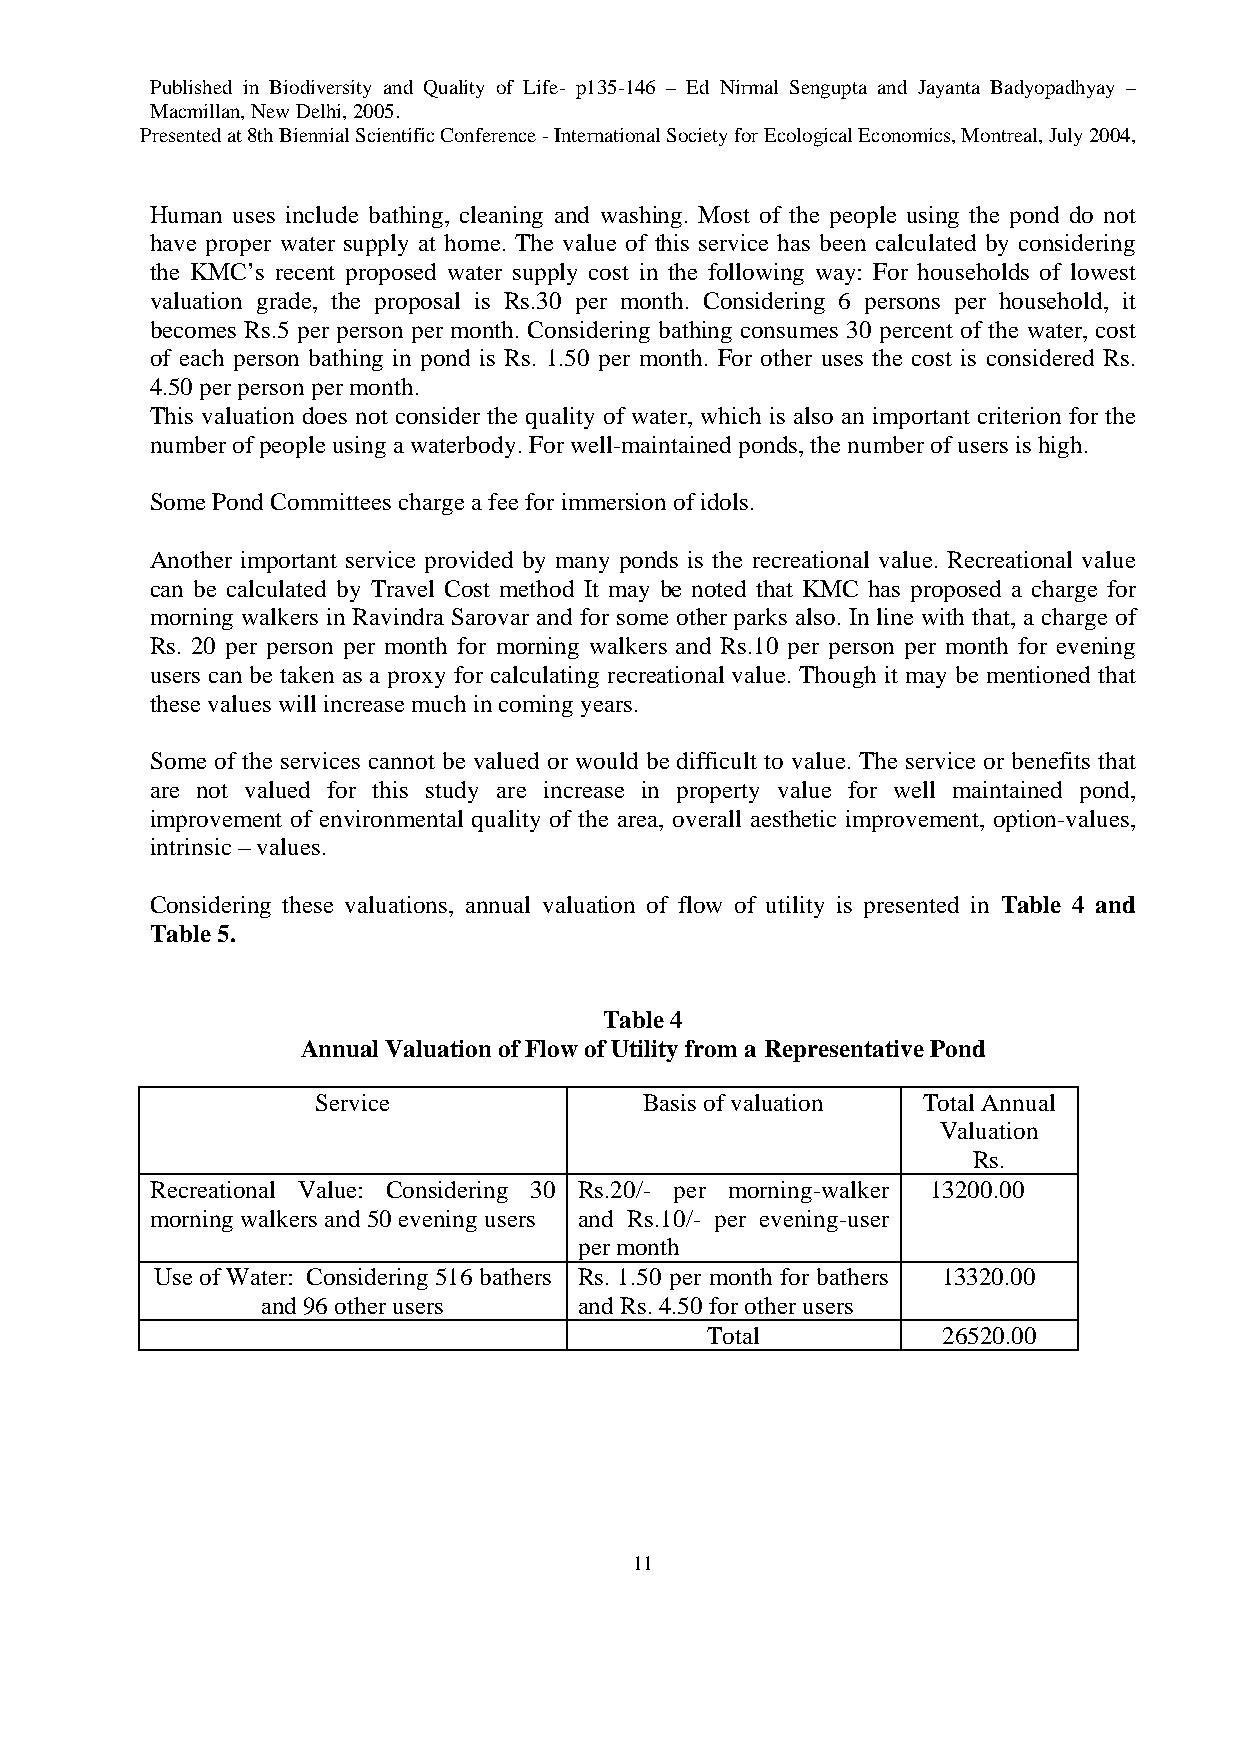
Published in Biodiversity and Quality of Life- p135-146 – Ed Nirmal Sengupta and Jayanta Badyopadhyay –
 Macmillan, New Delhi, 2005.
 Presented at 8th Biennial Scientific Conference - International Society for Ecological Economics, Montreal, July 2004,
 Human uses include bathing, cleaning and washing. Most of the people using the pond do not
 have proper water supply at home. The value of this service has been calculated by considering
 the KMC’s recent proposed water supply cost in the following way: For households of lowest
 valuation grade, the proposal is Rs.30 per month. Considering 6 persons per household, it
 becomes Rs.5 per person per month. Considering bathing consumes 30 percent of the water, cost
 of each person bathing in pond is Rs. 1.50 per month. For other uses the cost is considered Rs.
 4.50 per person per month.
 This valuation does not consider the quality of water, which is also an important criterion for the
 number of people using a waterbody. For well-maintained ponds, the number of users is high.
 Some Pond Committees charge a fee for immersion of idols.
 Another important service provided by many ponds is the recreational value. Recreational value
 can be calculated by Travel Cost method It may be noted that KMC has proposed a charge for
 morning walkers in Ravindra Sarovar and for some other parks also. In line with that, a charge of
 Rs. 20 per person per month for morning walkers and Rs.10 per person per month for evening
 users can be taken as a proxy for calculating recreational value. Though it may be mentioned that
 these values will increase much in coming years.
 Some of the services cannot be valued or would be difficult to value. The service or benefits that
 are not valued for this study are increase in property value for well maintained pond,
 improvement of environmental quality of the area, overall aesthetic improvement, option-values,
 intrinsic – values.
 Considering these valuations, annual valuation of flow of utility is presented in Table 4 and
 Table 5.
 Table 4
 Annual Valuation of Flow of Utility from a Representative Pond
 Service               Basis of valuation Total Annual
 Valuation
 Rs.
 Recreational Value: Considering 30 Rs.20/- per morning-walker 13200.00
 morning walkers and 50 evening users and Rs.10/- per evening-user
 per month
 Use of Water: Considering 516 bathers Rs. 1.50 per month for bathers 13320.00
 and 96 other users   and Rs. 4.50 for other users
 Total          26520.00
 11